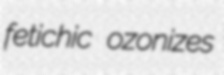
fetichic ozonizes